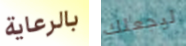
بالرعاية ليجعلك